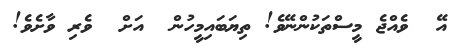
އޭ  ވެއްޖެ މީސްތަކުންނޭވެ! ތިޔަބައިމީހުން  އަށް  ވެރި ވާށެވެ!